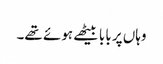
وہاں پر بابا بیٹھے ہوئے تھے۔